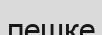
пешке